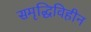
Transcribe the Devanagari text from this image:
समृद्धिविहीन